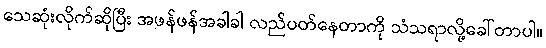
သေဆုံးလိုက်ဆိုပြီး အဖန်ဖန်အခါခါ လည်ပတ်နေတာကို သံသရာလို့ခေါ်တာပါ။